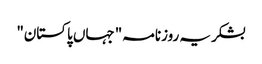
بشکریہ روزنامہ "جہاں پاکستان"